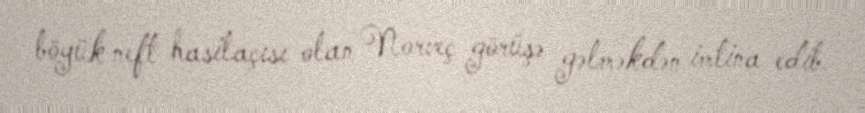
böyük neft hasilaçısı olan Norveç görüşə gəlməkdən imtina edib.